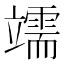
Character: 䇕